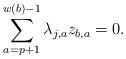
LaTeX: \begin{align*} \displaystyle\sum_{a=p+1}^{w(b)-1} \lambda_{j,a} z_{b,a} = 0. \end{align*}